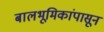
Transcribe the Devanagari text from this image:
बालभूमिकांपासून